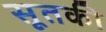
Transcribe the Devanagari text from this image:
सूतकी